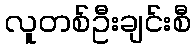
လူတစ်ဦးချင်းစီ